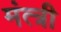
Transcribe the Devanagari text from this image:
मंत्त्री